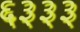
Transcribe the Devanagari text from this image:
६३३३